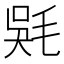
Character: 𣮇